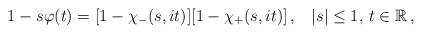
LaTeX: \begin{align*}1-s\varphi(t)=[1-\chi_-(s,it)][1-\chi_+(s,it)]\,,\;\;\;|s|\le1,\,t\in\mathbb{R}\,,\end{align*}